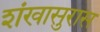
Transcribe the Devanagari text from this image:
शंखासुरास